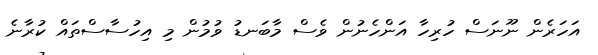
އަހަރެން ނޫނަސް ހުރިހާ އަންހެނުން ވެސް މާބަނޑު ވުމުން މި އިހުސާސްތައް ކުރާނެ